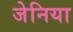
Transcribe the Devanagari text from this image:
जेनिया